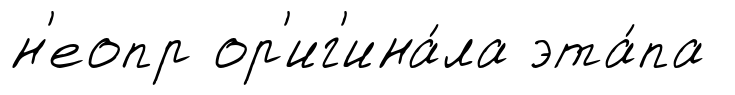
н'еопр ор'иг'ина́ла эта́па